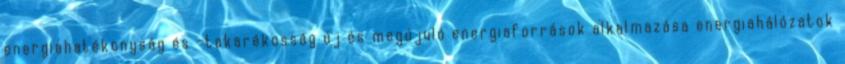
energiahatékonyság és –takarékosság új és megújuló energiaforrások alkalmazása energiahálózatok